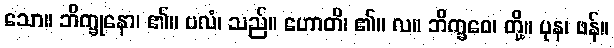
သော။ ဘိက္ခုနော၊ ၏။ ဗလံ၊ သည်။ ဟောတိ၊ ၏။ လ။ ဘိက္ခဝေ၊ တို့။ ပုန၊ ဖန်။